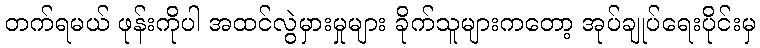
တက်ရမယ် ဖုန်းကိုပါ အထင်လွဲမှားမှုများ ခိုက်သူများကတော့ အုပ်ချုပ်ရေးပိုင်းမှ